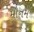
મૌનમ